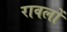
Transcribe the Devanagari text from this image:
रावलों